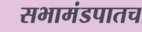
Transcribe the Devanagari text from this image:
सभामंडपातच